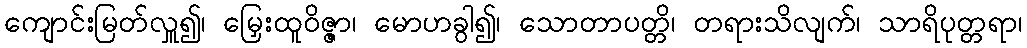
ကျောင်းမြတ်လှူ၍၊ မြှေးထူဝိဇ္ဇာ၊ မောဟခွါ၍၊ သောတာပတ္တိ၊ တရားသိလျက်၊ သာရိပုတ္တရာ၊